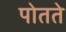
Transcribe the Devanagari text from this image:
पोतते